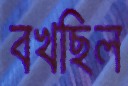
বখছিল